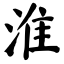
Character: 淮